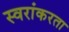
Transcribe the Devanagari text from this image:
स्वरांकरता